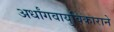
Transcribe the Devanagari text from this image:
अर्धांगवायुविकाराने